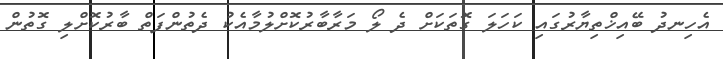
އެހިނދު ބޭއިޚްތިޔާރުގައި ކަހަލަ ގޮތަކަށް ދެ ލޯ މަރާބާރުކޮށްލުމާއެކު ދެތުންފަތް ބާރުކޮށްލި ގޮތުން